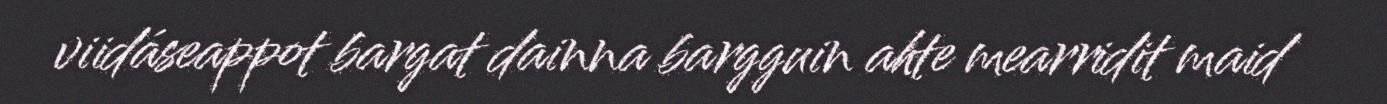
viidáseappot bargat dainna bargguin ahte mearridit maid